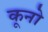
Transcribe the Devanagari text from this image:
कूनो